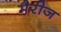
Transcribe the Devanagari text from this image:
मैरीज